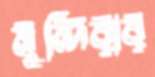
মুন্দিরার